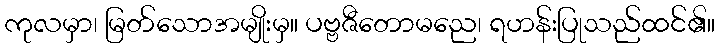
ကုလမှာ၊ မြတ်သောအမျိုးမှ။ ပဗ္ဗဇီတောမညေ၊ ရဟန်းပြုသည်ထင်၏။